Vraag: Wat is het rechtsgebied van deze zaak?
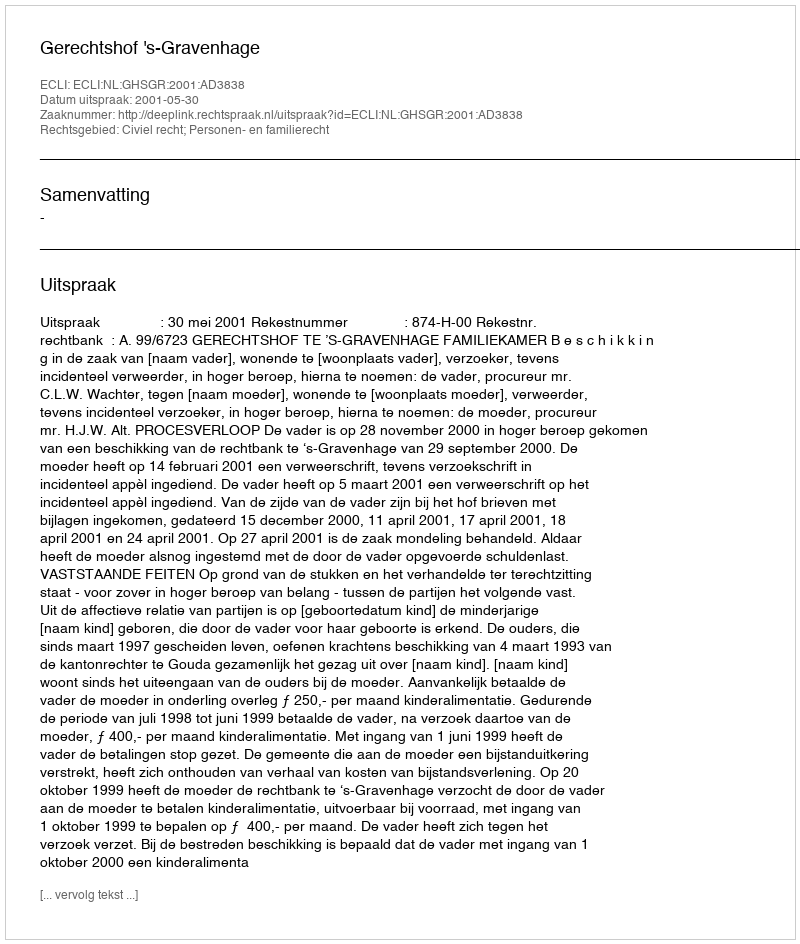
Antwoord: Civiel recht; Personen- en familierecht